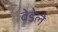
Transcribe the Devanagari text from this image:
वेडेले